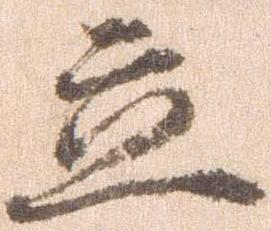
立